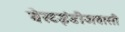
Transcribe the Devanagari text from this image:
वेस्टइंडीजवासी